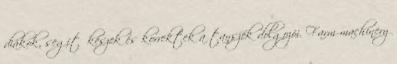
diákok, segítőkészek és korrektek a tanszék dolgozói. Farm machinery